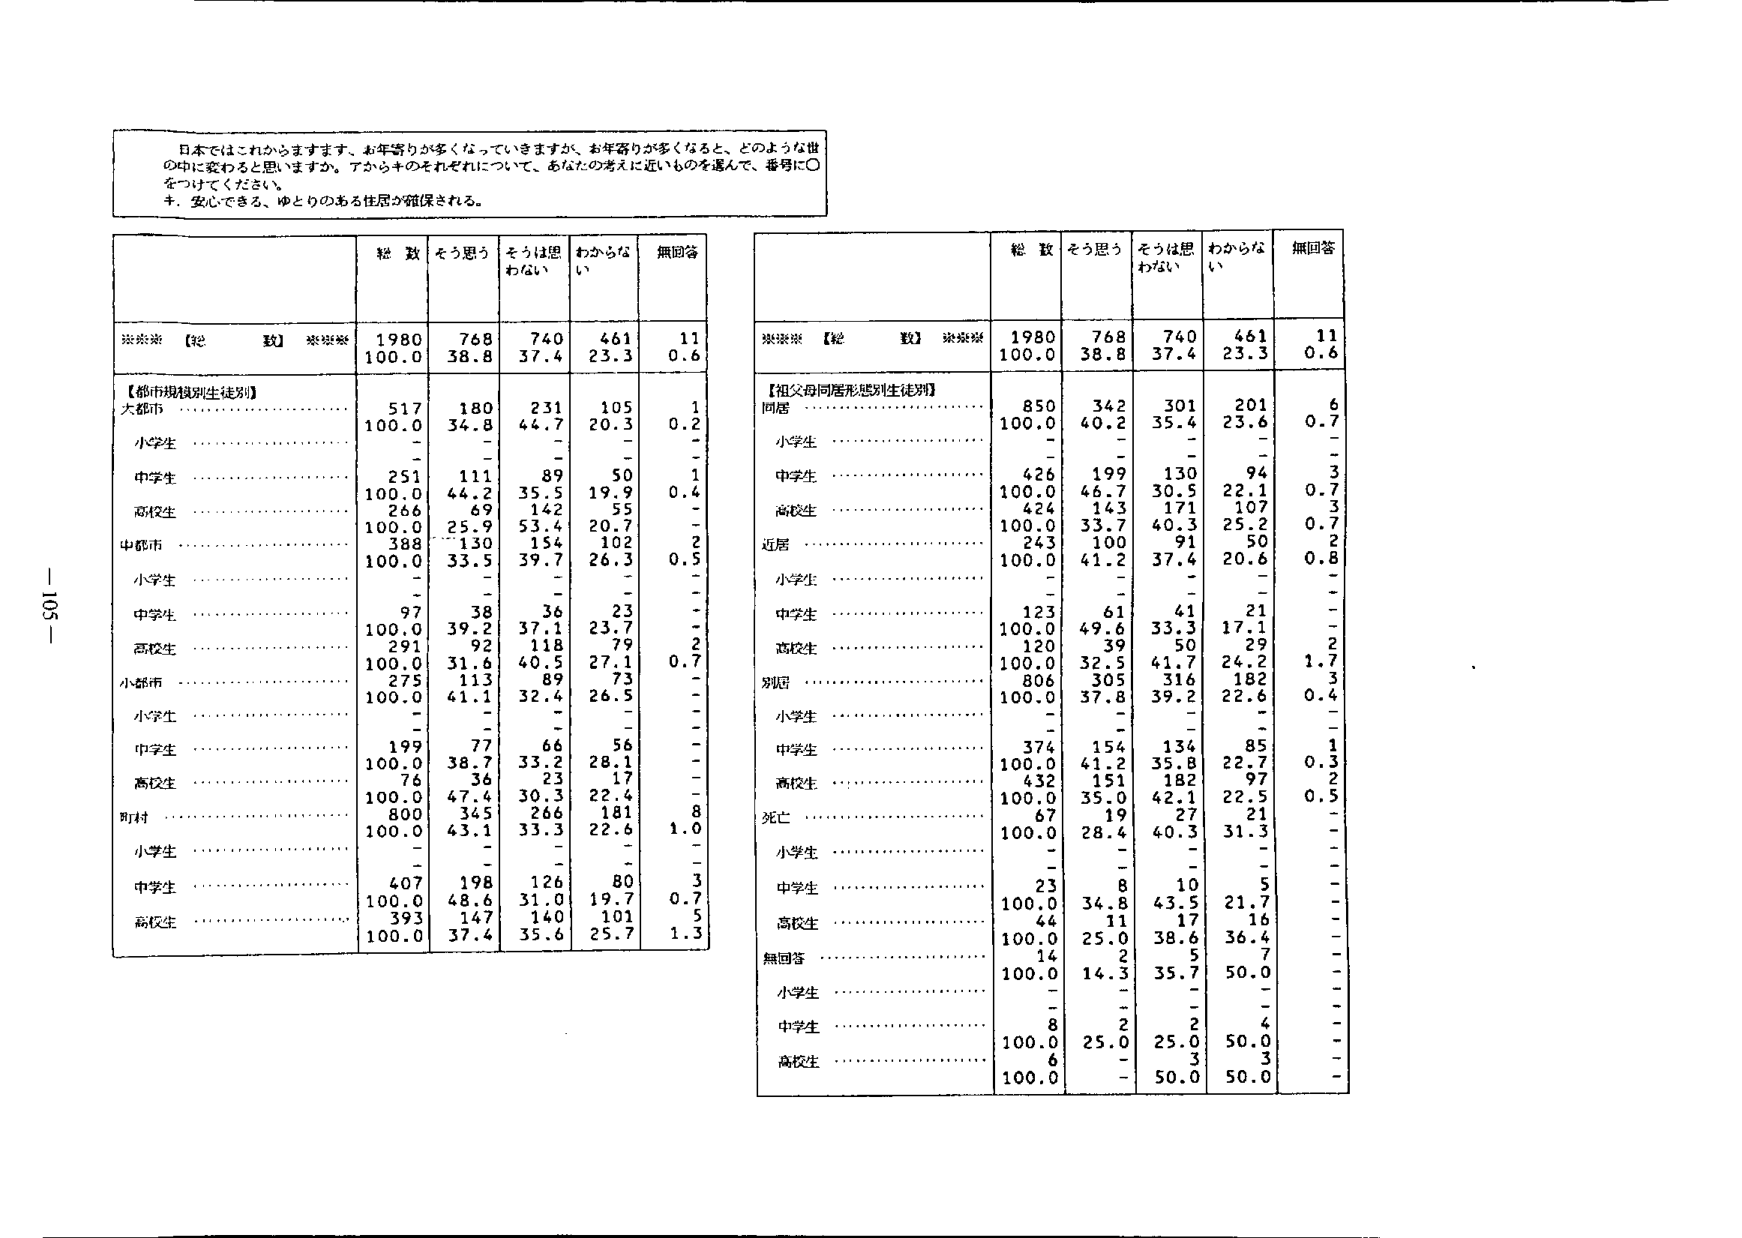
日本ではこれからますます、お年寄りが多くなっていきますが、お年寄りが多くなると、どのような世の中になるかと思いますか。アからキのそれぞれについて、あなたの考えに近いものを選んで、番号に〇をつけてください。

キ．安心できる、ゆとりのある住居が確保される。

※※※【総 数】※※※
1980 768 740 461 11
100.0 38.8 37.4 23.3 0.6

【都市規模別生徒別】
大都市 ……………………………… 517 180 231 105 1
100.0 34.8 44.7 20.3 0.2
小学生 ……………………………… - - - - -
中学生 ……………………………… 251 111 89 50 1
100.0 44.2 35.5 19.9 0.4
高校生 ……………………………… 266 69 142 55 -
100.0 25.9 53.4 20.7 -
中都市 ……………………………… 388 130 154 102 -
100.0 33.5 39.7 26.3 0.5
小学生 ……………………………… - - - - -
中学生 ……………………………… 97 38 36 23 -
100.0 39.2 37.1 23.7 -
高校生 ……………………………… 291 92 118 79 2
100.0 31.6 40.5 27.1 0.7
小都市 ……………………………… 275 113 89 73 -
100.0 41.1 32.4 26.5 -
小学生 ……………………………… - - - - -
中学生 ……………………………… 199 77 66 56 -
100.0 38.7 33.2 28.1 -
高校生 ……………………………… 76 36 23 17 -
100.0 47.4 30.3 22.4 -
町村 ……………………………… 800 345 266 181 8
100.0 43.1 33.3 22.6 1.0
小学生 ……………………………… - - - - -
中学生 ……………………………… 407 198 126 80 3
100.0 48.6 31.0 19.7 0.7
高校生 ……………………………… 393 147 140 101 5
100.0 37.4 35.6 25.7 1.3

※※※【総 数】※※※
1980 768 740 461 11
100.0 38.8 37.4 23.3 0.6

【祖父母同居形態別生徒別】
同居 ……………………………… 850 342 301 201 6
100.0 40.2 35.4 23.6 0.7
小学生 ……………………………… - - - - -
中学生 ……………………………… 426 199 130 94 3
100.0 46.7 30.5 22.1 0.7
高校生 ……………………………… 424 143 171 107 3
100.0 33.7 40.3 25.2 0.7
近居 ……………………………… 243 100 91 50 2
100.0 41.2 37.4 20.6 0.8
小学生 ……………………………… - - - - -
中学生 ……………………………… 123 61 41 21 -
100.0 49.6 33.3 17.1 -
高校生 ……………………………… 120 39 50 29 2
100.0 32.5 41.7 24.2 1.7
別居 ……………………………… 806 305 316 182 3
100.0 37.8 39.2 22.6 0.4
小学生 ……………………………… - - - - -
中学生 ……………………………… 374 154 134 85 1
100.0 41.2 35.8 22.7 0.3
高校生 ……………………………… 432 151 182 97 2
100.0 35.0 42.1 22.5 0.5
死亡 ……………………………… 67 19 27 21 -
100.0 28.4 40.3 31.3 -
小学生 ……………………………… - - - - -
中学生 ……………………………… 23 8 10 5 -
100.0 34.8 43.5 21.7 -
高校生 ……………………………… 44 11 17 16 -
100.0 25.0 38.6 36.4 -
無回答 ……………………………… 14 2 5 7 -
100.0 14.3 35.7 50.0 -
小学生 ……………………………… - - - - -
中学生 ……………………………… 8 2 2 4 -
100.0 25.0 25.0 50.0 -
高校生 ……………………………… 6 - 3 3 -
100.0 - 50.0 50.0 -

-105-